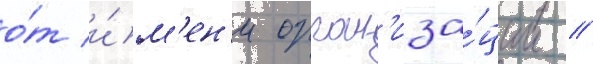
о́т и́м'ен'и орган'иза́ции /